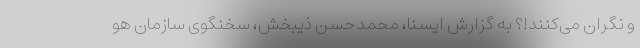
و نگران می‌کنند!؟ به گزارش ایسنا، محمدحسن ذیبخش، سخنگوی سازمان هو